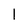
Character: 1